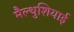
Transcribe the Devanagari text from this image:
मैल्थुशियाई